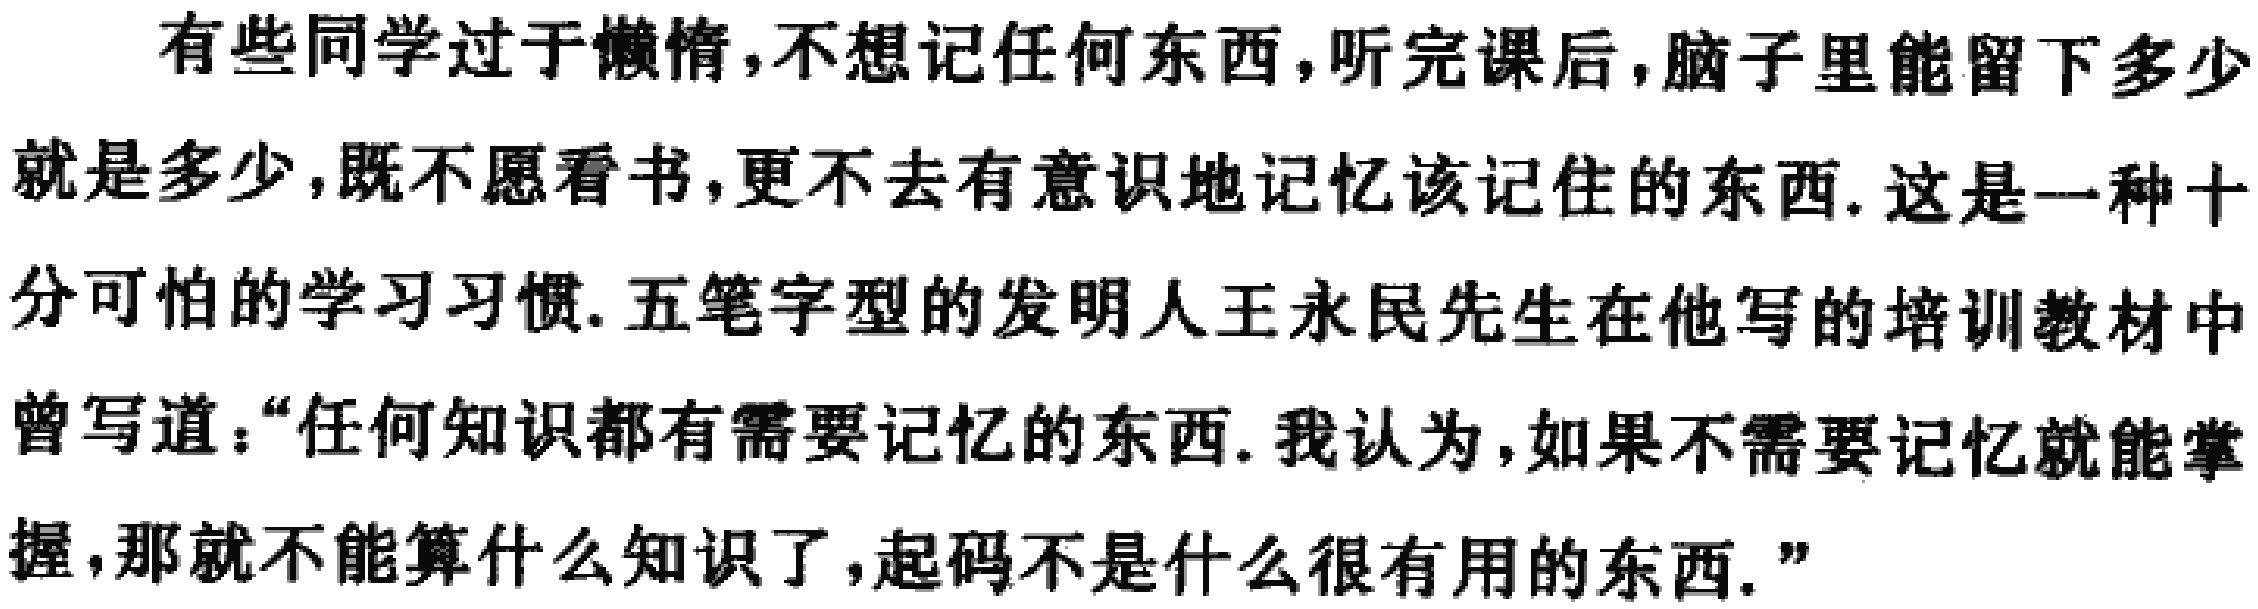
有些同学过于懒惰,不想记任何东西,听完课后,脑子里能留下多少就是多少,既不愿看书,更不去有意识地记忆该记住的东西.这是一种十分可怕的学习习惯.五笔字型的发明人王永民先生在他写的培训教材中曾写道：“任何知识都有需要记忆的东西.我认为,如果不需要记忆就能掌握,那就不能算什么知识了,起码不是什么很有用的东西.”